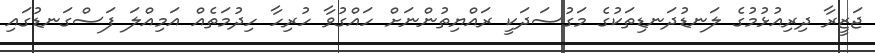
ޖަޒީރާ ދިރިއުޅުމުގެ ލަނޑުދަނޑިތަކުގެ މަގުސަދަކީ ރައްޔިތުންނަށް ހައްގުވާ ހުރިހާ ހިދުމަތެއް އަމިއްލަ ފަސްގަނޑުގައި